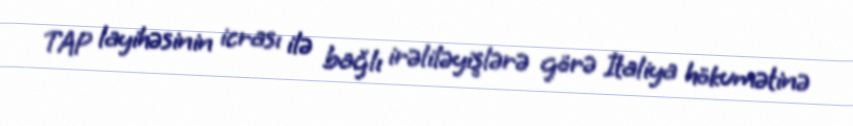
TAP layihəsinin icrası ilə bağlı irəliləyişlərə görə İtaliya hökumətinə